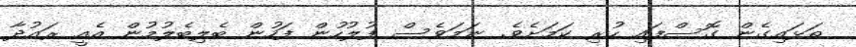
ތަޅައިގެން ގޮސްފައި ހުރި ކަމަށެވެ. ނަމަވެސް ފުލުހުން ފަހުން ބެލިބެލުމުން އެއީ ރައުދާ